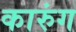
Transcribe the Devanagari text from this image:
कारुंग